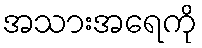
အသားအရေကို